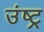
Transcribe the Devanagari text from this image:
उंष्ट्र